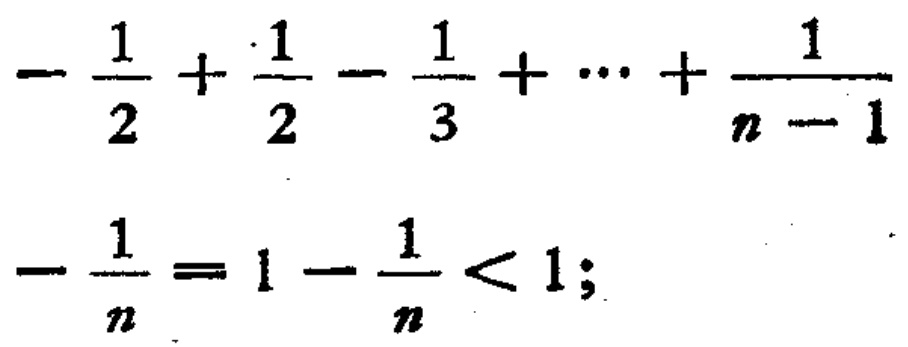
\(-\frac{1}{2}+\frac{1}{2}-\frac{1}{3}+\cdots+\frac{1}{n - 1}-\frac{1}{n}=1-\frac{1}{n}<1;\)